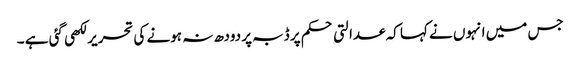
جس میں انہوں نے کہا کہ عدالتی حکم پر ڈبہ پر دودھ نہ ہونے کی تحریر لکھی گئی ہے ۔